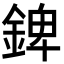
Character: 錍